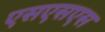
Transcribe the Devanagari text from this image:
एसएसएस